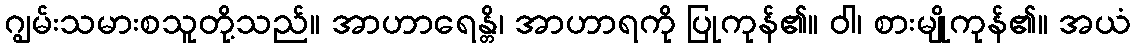
ဂျွမ်းသမားစသူတို့သည်။ အာဟာရေန္တိ၊ အာဟာရကို ပြုကုန်၏။ ဝါ၊ စားမျိုကုန်၏။ အယံ